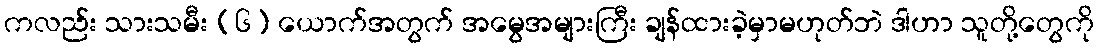
ကလည်း သားသမီး (၆) ယောက်အတွက် အမွေအများကြီး ချန်ထားခဲ့မှာမဟုတ်ဘဲ ဒါဟာ သူတို့တွေကို